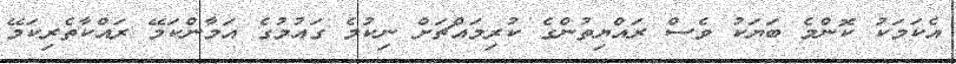
އެކަމަކު ކޮންމެ ބަޔަކު ވެސް ރައްޔިތުންގެ ކުރިމައްޗަށް ނިކުމެ ގައުމުގެ އަމާންކަމޭ ރައްކާތެރިކަމޭ